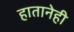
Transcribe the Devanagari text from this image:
हातानेही